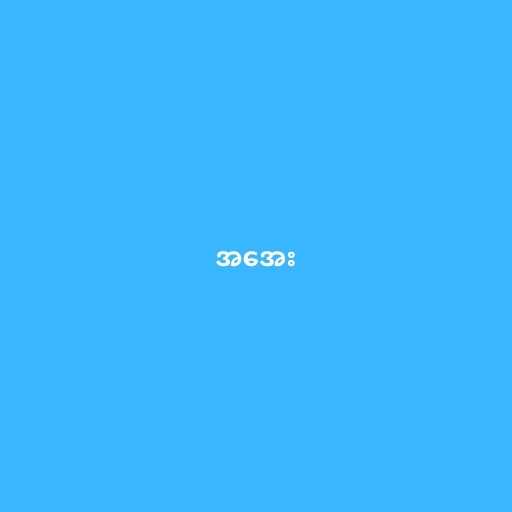
အအေး